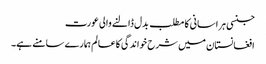
جنسی ہراسانی کا مطلب بدل ڈالنے والی عورت
افغانستان میں شرح خواندگی کاعالم ہمارے سامنے ہے۔